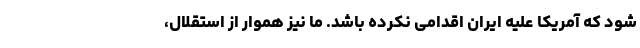
شود که آمریکا علیه ایران اقدامی نکرده باشد. ما نیز هموار از استقلال،